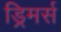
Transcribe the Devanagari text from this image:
ड्रिमर्स